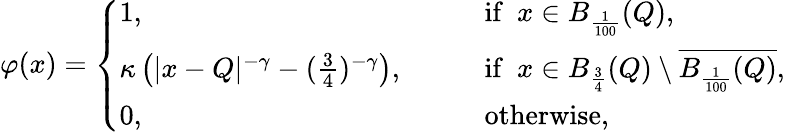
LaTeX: \varphi(x)=\left\{ \begin{array}{ll}{1,\qquad}&{\mathrm{if}\, \, \, x\in B_{\frac{1}{100}}(Q),}\\ {\kappa\left(|x-Q|^{-\gamma}-(\frac{3}{4})^{-\gamma}\right),\qquad}&{\mathrm{if}\, \, \, x\in B_{\frac{3}{4}}(Q)\setminus\overline{{B_{\frac{1}{100}}(Q)}},}\\ {0,\qquad}&{\mathrm{otherwise},}\end{array}\right.